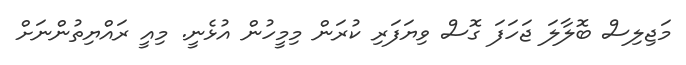
މަޖިލިސް ބޮލާލަ ޖަހަފަ ގޮސް ވިޔަފަރި ކުރަން މިމީހުން އުޅެނީ. މިއީ ރައްޔިތުންނަށް